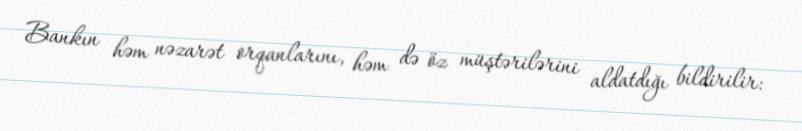
Bankın həm nəzarət orqanlarını, həm də öz müştərilərini aldatdığı bildirilir: